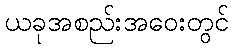
ယခုအစည်းအဝေးတွင်